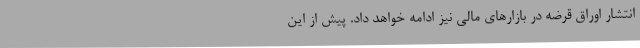
انتشار اوراق قرضه در بازارهای مالی نیز ادامه خواهد داد. پیش از این